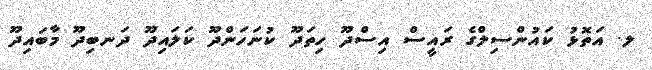
ލ. އަތޮޅު ކައުންސިލްގެ ރައީސް އިސްދޫ ހިތަދޫ ކުނަހަންދޫ ކަލައިދޫ ދަނބިދޫ މާބައިދޫ